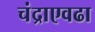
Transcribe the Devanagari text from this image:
चंद्राएवढा